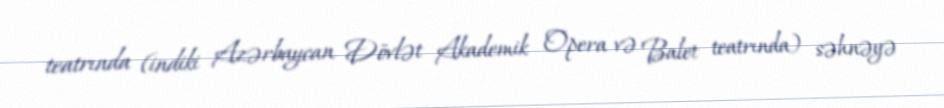
teatrında (indiki Azərbaycan Dövlət Akademik Opera və Balet teatrında) səhnəyə